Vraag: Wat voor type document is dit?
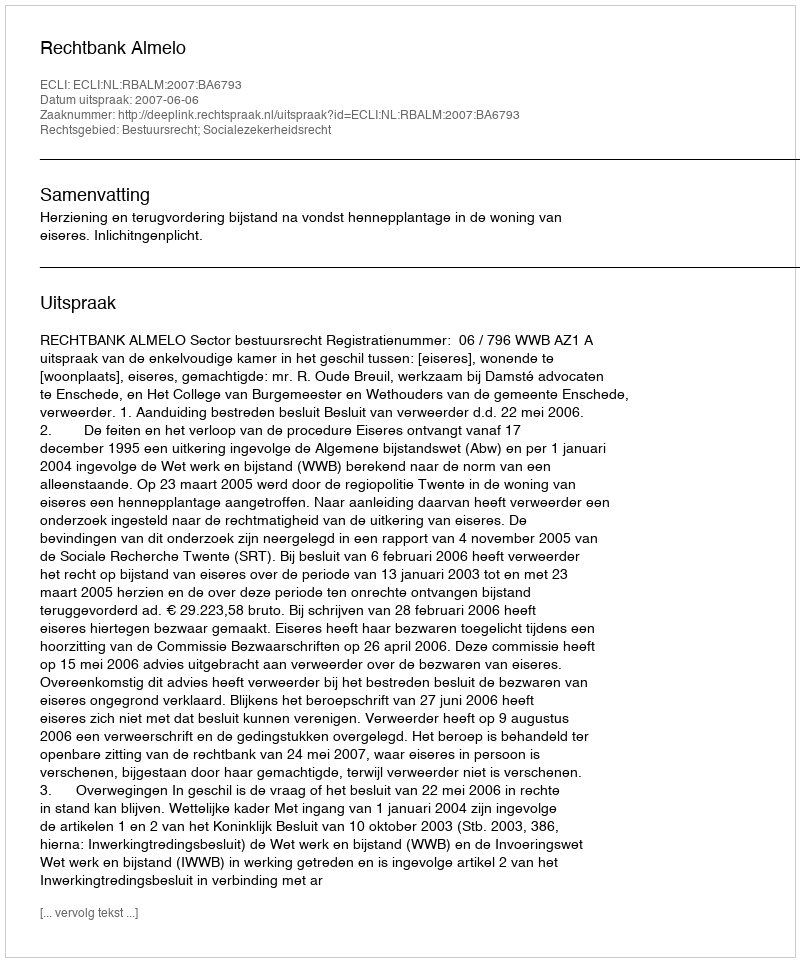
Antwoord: Uitspraak